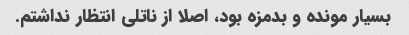
بسیار مونده و بدمزه بود، اصلا از ناتلی انتظار نداشتم.